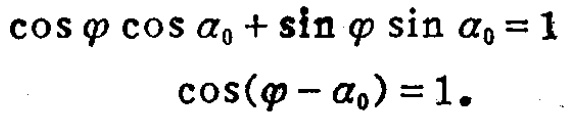
\[\begin{align*}

\cos \varphi \cos \alpha_{0}+\sin \varphi \sin \alpha_{0}&=1\\

\cos(\varphi - \alpha_{0})&=1.

\end{align*}\]